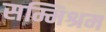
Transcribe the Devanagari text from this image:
सम्मिश्रम